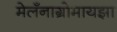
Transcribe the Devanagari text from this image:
मेलँनाग्रोमायझा